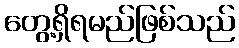
တွေ့ရှိရမည်ဖြစ်သည်